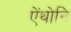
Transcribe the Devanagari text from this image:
ऐंथोनि